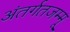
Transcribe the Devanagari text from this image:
अंतर्गतजम्मू